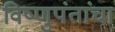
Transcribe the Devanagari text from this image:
विष्णुपंतांचा